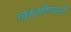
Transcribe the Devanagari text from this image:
लक्ष्मीप्यारे